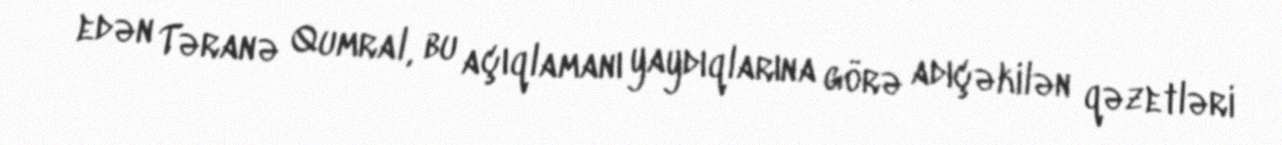
edən Təranə Qumral, bu açıqlamanı yaydıqlarına görə adıçəkilən qəzetləri